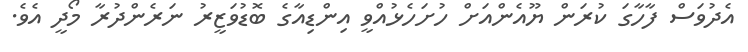
އެދުވަސް ފާހާގަ ކުރަން ޔޫއެންއަށް ހުށަހެޅުއްވީ އިންޑިއާގެ ބޮޑުވަޒީރު ނަރެންދުރާ މޯދީ އެވެ.